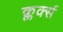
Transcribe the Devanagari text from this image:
क्लर्क्स